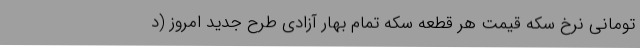
تومانی نرخ سکه قیمت هر قطعه سکه تمام بهار آزادی طرح جدید امروز (د